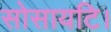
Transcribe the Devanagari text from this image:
सोसायटि।